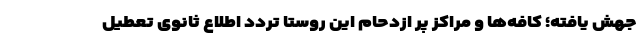
جهش یافته؛ کافه‌ها و مراکز پر ازدحام این روستا تردد اطلاع ثانوی تعطیل